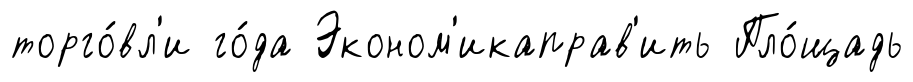
торго́вл'и го́да Эконом'икаправ'ить Пло́щадь